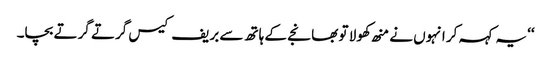
‘‘ یہ کہہ کر انہوں نے منھ کھولا تو بھانجے کے ہاتھ سے بریف کیس گرتے گرتے بچا۔